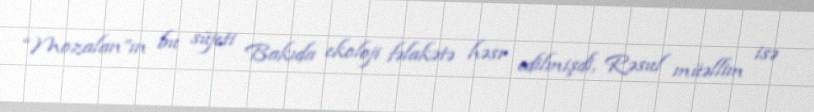
“Mozalan”ın bu süjeti Bakıda ekoloji fəlakətə həsr edilmişdi, Rəsul müəllim isə